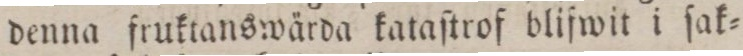
denna fruktanswärda kataſtrof blifwit i ſak=